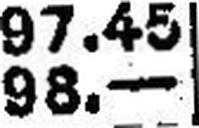
98.—